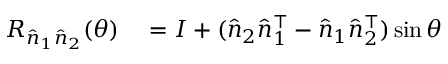
\begin{array} { r l } { R _ { \hat { n } _ { 1 } \hat { n } _ { 2 } } ( \theta ) } & { { } = I + ( \hat { n } _ { 2 } \hat { n } _ { 1 } ^ { \top } - \hat { n } _ { 1 } \hat { n } _ { 2 } ^ { \top } ) \sin \theta } \end{array}